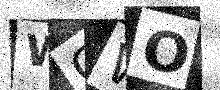
Text: WGWO